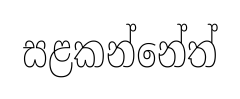
සළකන්නේත්